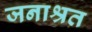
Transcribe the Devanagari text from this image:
जनाश्रत